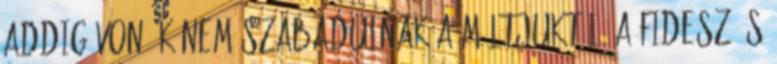
addig Vonáék nem szabadulnak a múltjuktól. A Fidesz és